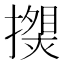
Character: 𰔯